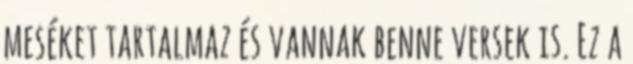
meséket tartalmaz és vannak benne versek is. Ez a